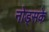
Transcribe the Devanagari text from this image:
नोड्सके